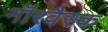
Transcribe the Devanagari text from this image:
नॉरवैस्क